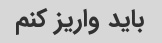
باید واریز کنم